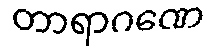
တာရာဂဏေ